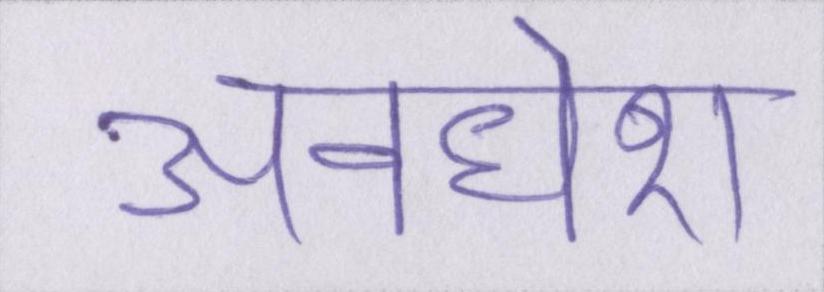
अवधेश